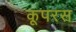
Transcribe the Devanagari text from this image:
कूपरस